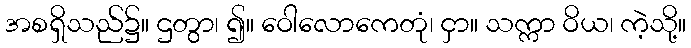
အစရှိသည်၌။ ဌတွာ၊ ၍။ ဝေါလောကေတုံ၊ ငှာ။ သက္ကာ ဝိယ၊ ကဲ့သို့။